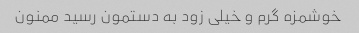
خوشمزه گرم و خیلی زود به دستمون رسید ممنون